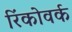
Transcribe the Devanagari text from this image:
रिंकोवर्क